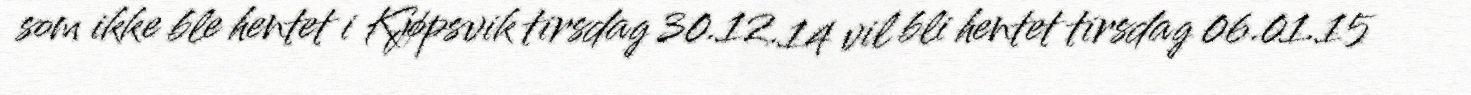
som ikke ble hentet i Kjøpsvik tirsdag 30.12.14 vil bli hentet tirsdag 06.01.15